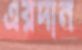
এরদান